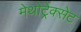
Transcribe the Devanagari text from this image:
मेथोट्रेक्सेट